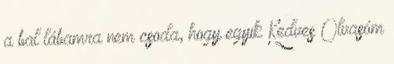
a bal lábamra nem csoda, hogy egyik Kedves Olvasóm